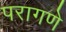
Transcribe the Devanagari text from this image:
परागणे